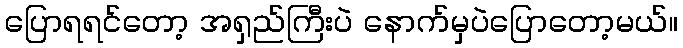
ပြောရရင်တော့ အရှည်ကြီးပဲ နောက်မှပဲပြောတော့မယ်။